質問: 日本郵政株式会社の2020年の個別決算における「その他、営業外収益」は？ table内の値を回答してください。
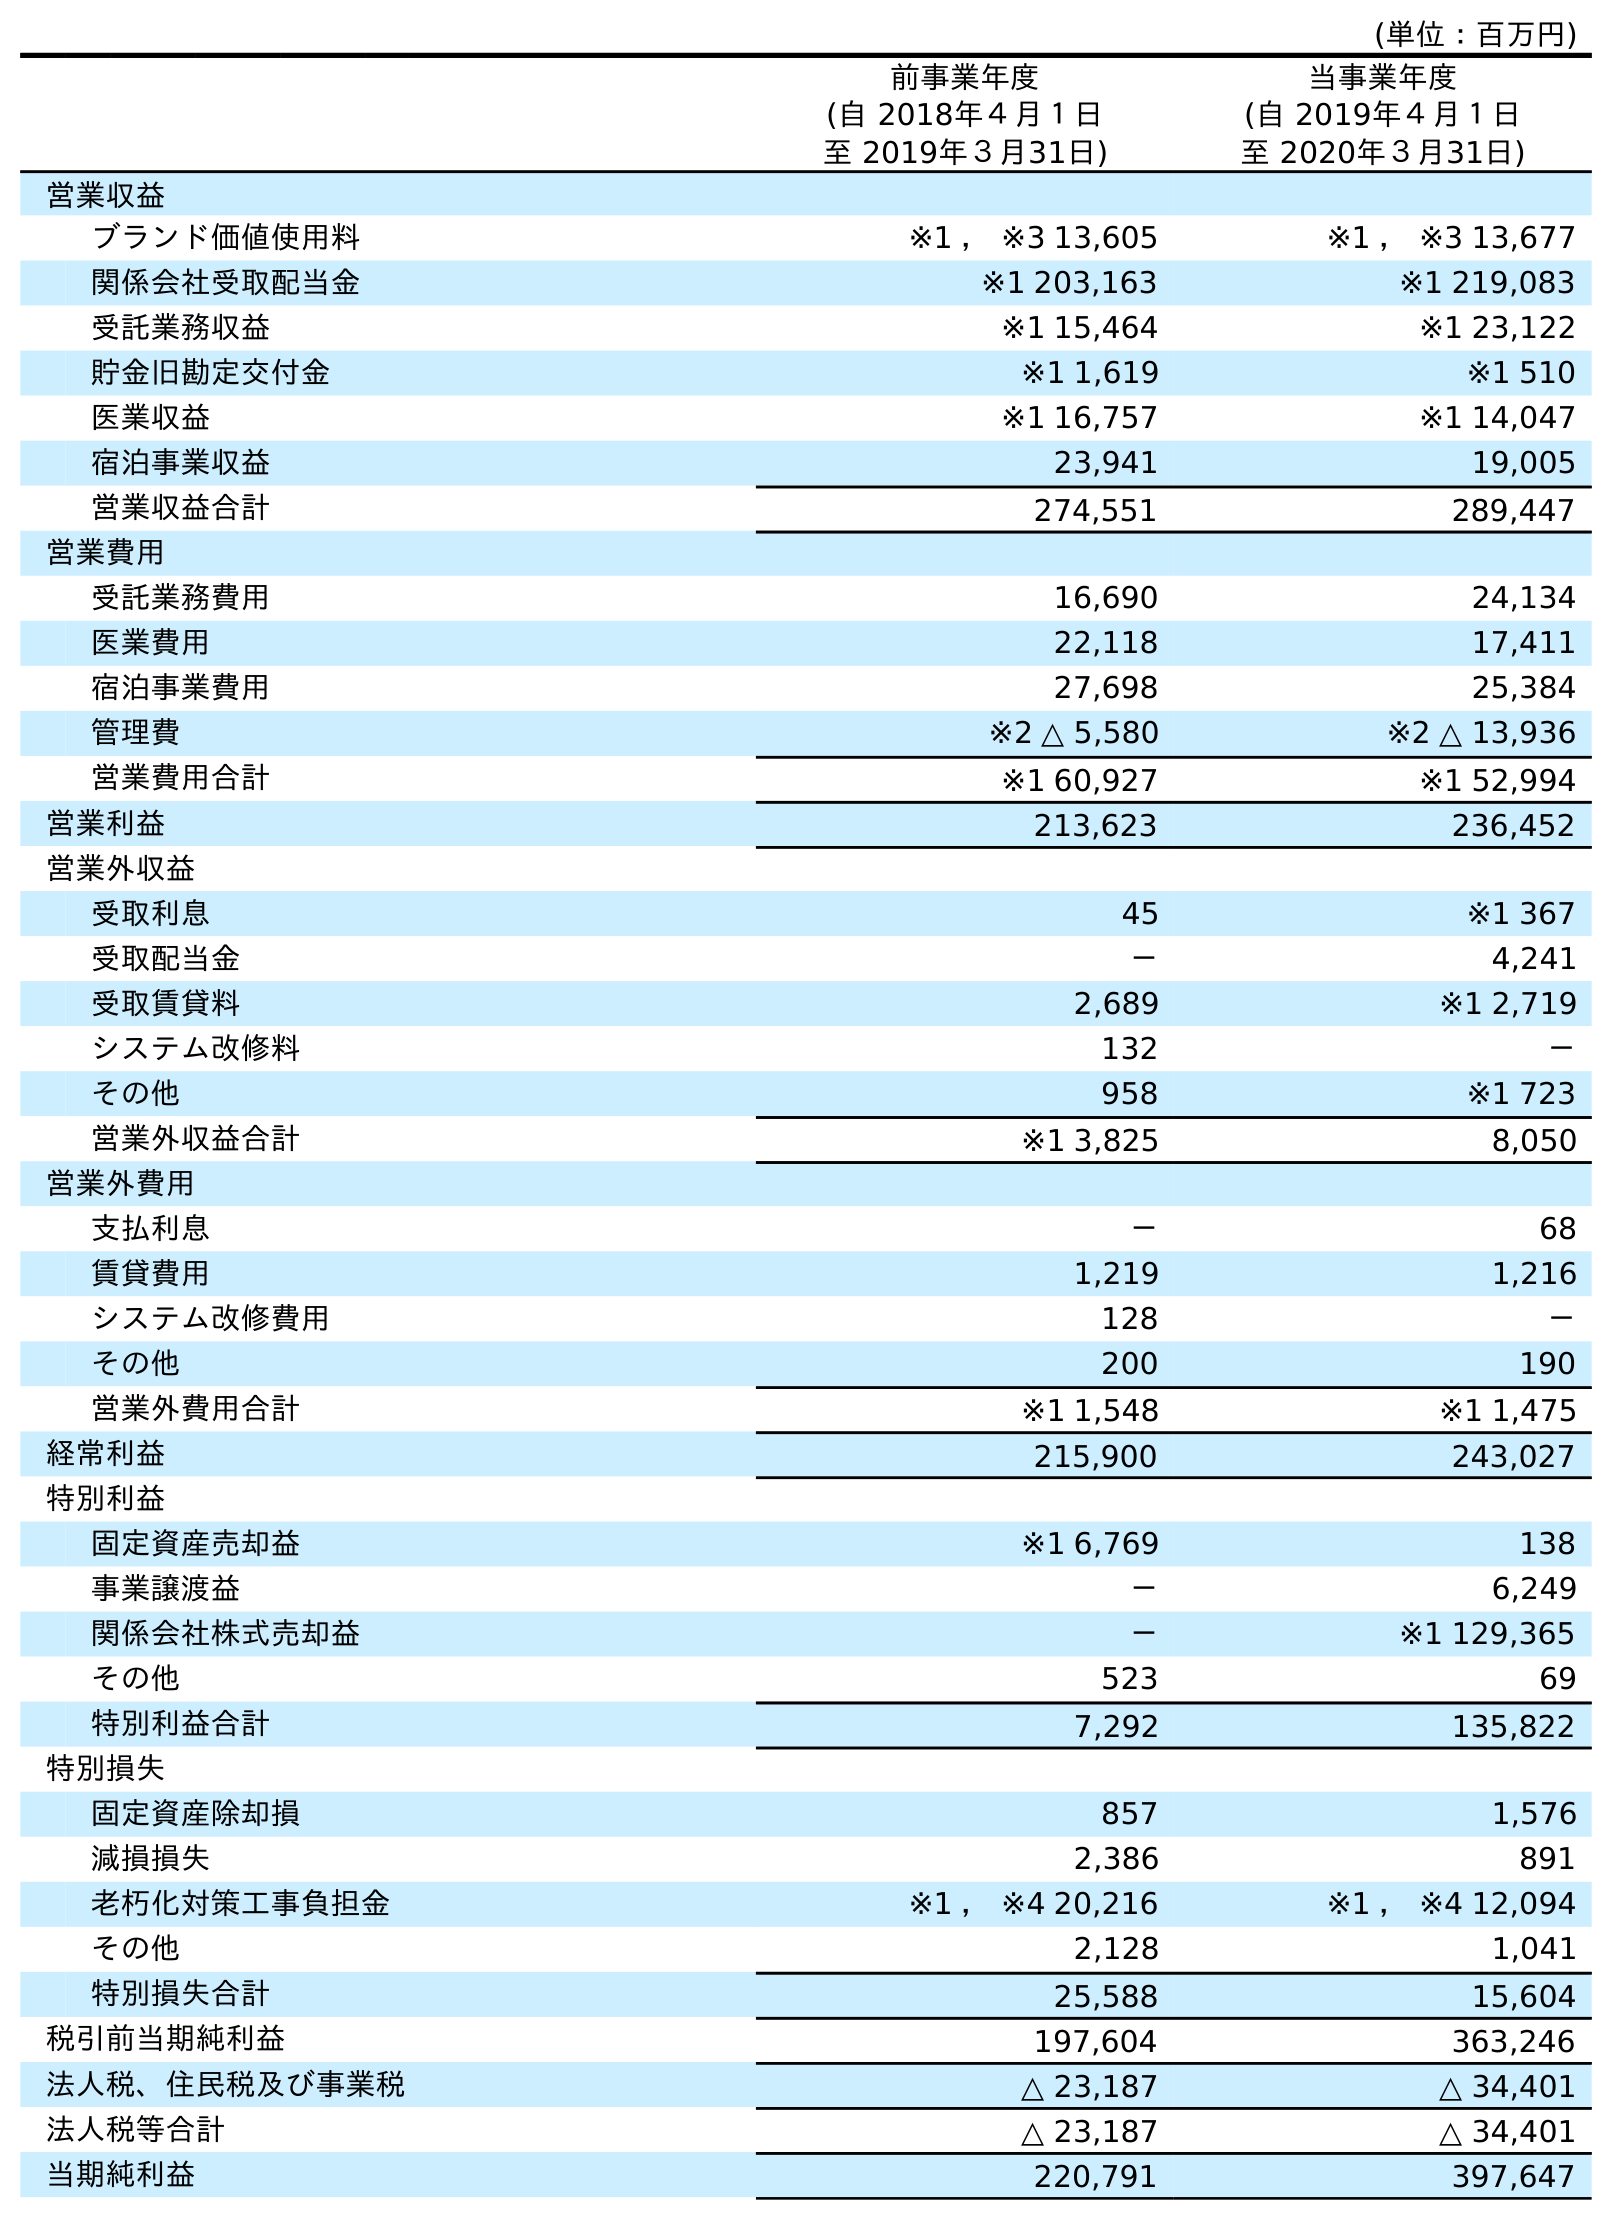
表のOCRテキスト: (単位：百万円) 前事業年度 (自 2018年４月１日 至 2019年３月31日) 当事業年度 (自 2019年４月１日 至 2020年３月31日) 営業収益 ブランド価値使用料 ※1 ， ※3 13,605 ※1 ， ※3 13,677 関係会社受取配当金 ※1 203,163 ※1 219,083 受託業務収益 ※1 15,464 ※1 23,122 貯金旧勘定交付金 ※1 1,619 ※1 510 医業収益 ※1 16,757 ※1 14,047 宿泊事業収益 23,941 19,005 営業収益合計 274,551 289,447 営業費用 受託業務費用 16,690 24,134 医業費用 22,118 17,411 宿泊事業費用 27,698 25,384 管理費 ※2 △ 5,580 ※2 △ 13,936 営業費用合計 ※1 60,927 ※1 52,994 営業利益 213,623 236,452 営業外収益 受取利息 45 ※1 367 受取配当金 － 4,241 受取賃貸料 2,689 ※1 2,719 システム改修料 132 － その他 958 ※1 723 営業外収益合計 ※1 3,825 8,050 営業外費用 支払利息 － 68 賃貸費用 1,219 1,216 システム改修費用 128 － その他 200 190 営業外費用合計 ※1 1,548 ※1 1,475 経常利益 215,900 243,027 特別利益 固定資産売却益 ※1 6,769 138 事業譲渡益 － 6,249 関係会社株式売却益 － ※1 129,365 その他 523 69 特別利益合計 7,292 135,822 特別損失 固定資産除却損 857 1,576 減損損失 2,386 891 老朽化対策工事負担金 ※1 ， ※4 20,216 ※1 ， ※4 12,094 その他 2,128 1,041 特別損失合計 25,588 15,604 税引前当期純利益 197,604 363,246 法人税、住民税及び事業税 △ 23,187 △ 34,401 法人税等合計 △ 23,187 △ 34,401 当期純利益 220,791 397,647
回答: ※1723